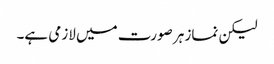
لیکن نماز ہر صورت میں لازمی ہے۔